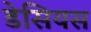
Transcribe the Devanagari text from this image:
डेसियस